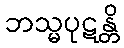
ဘသ္မပုဋန္တိ